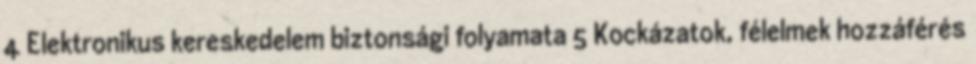
4 Elektronikus kereskedelem biztonsági folyamata 5 Kockázatok, félelmek hozzáférés